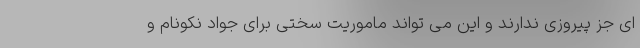
ای جز پیروزی ندارند و این می تواند ماموریت سختی برای جواد نکونام و